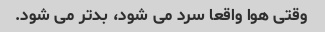
وقتی هوا واقعا سرد می شود، بدتر می شود.